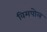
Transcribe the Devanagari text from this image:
विमपोल